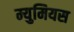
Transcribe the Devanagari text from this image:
म्युमियस